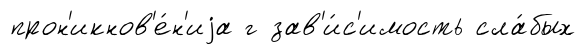
прон'икнов'е́н'иjа г зав'и́с'имость сла́бых